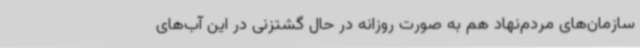
سازمان‌های مردم‌نهاد هم به صورت روزانه در حال گشتزنی در این آب‌های